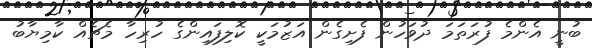
ބުނީ އެންމެ ފުރަތަމަ ދުވަހުން ފެށިގެން އަޒުމަކީ ކޮލިފައިންގެ ހުރިހާ މެޗެއް ކާމިޔާބު